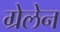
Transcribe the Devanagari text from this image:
ग्रेलेन